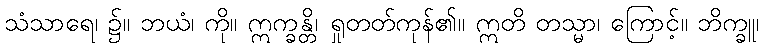
သံသာရေ၊ ၌။ ဘယံ၊ ကို။ ဣက္ခန္တိ၊ ရှုတတ်ကုန်၏။ ဣတိ တသ္မာ၊ ကြောင့်။ ဘိက္ခူ၊